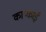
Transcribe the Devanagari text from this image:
काप्काई